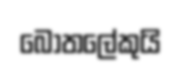
බෝතලේකුයි